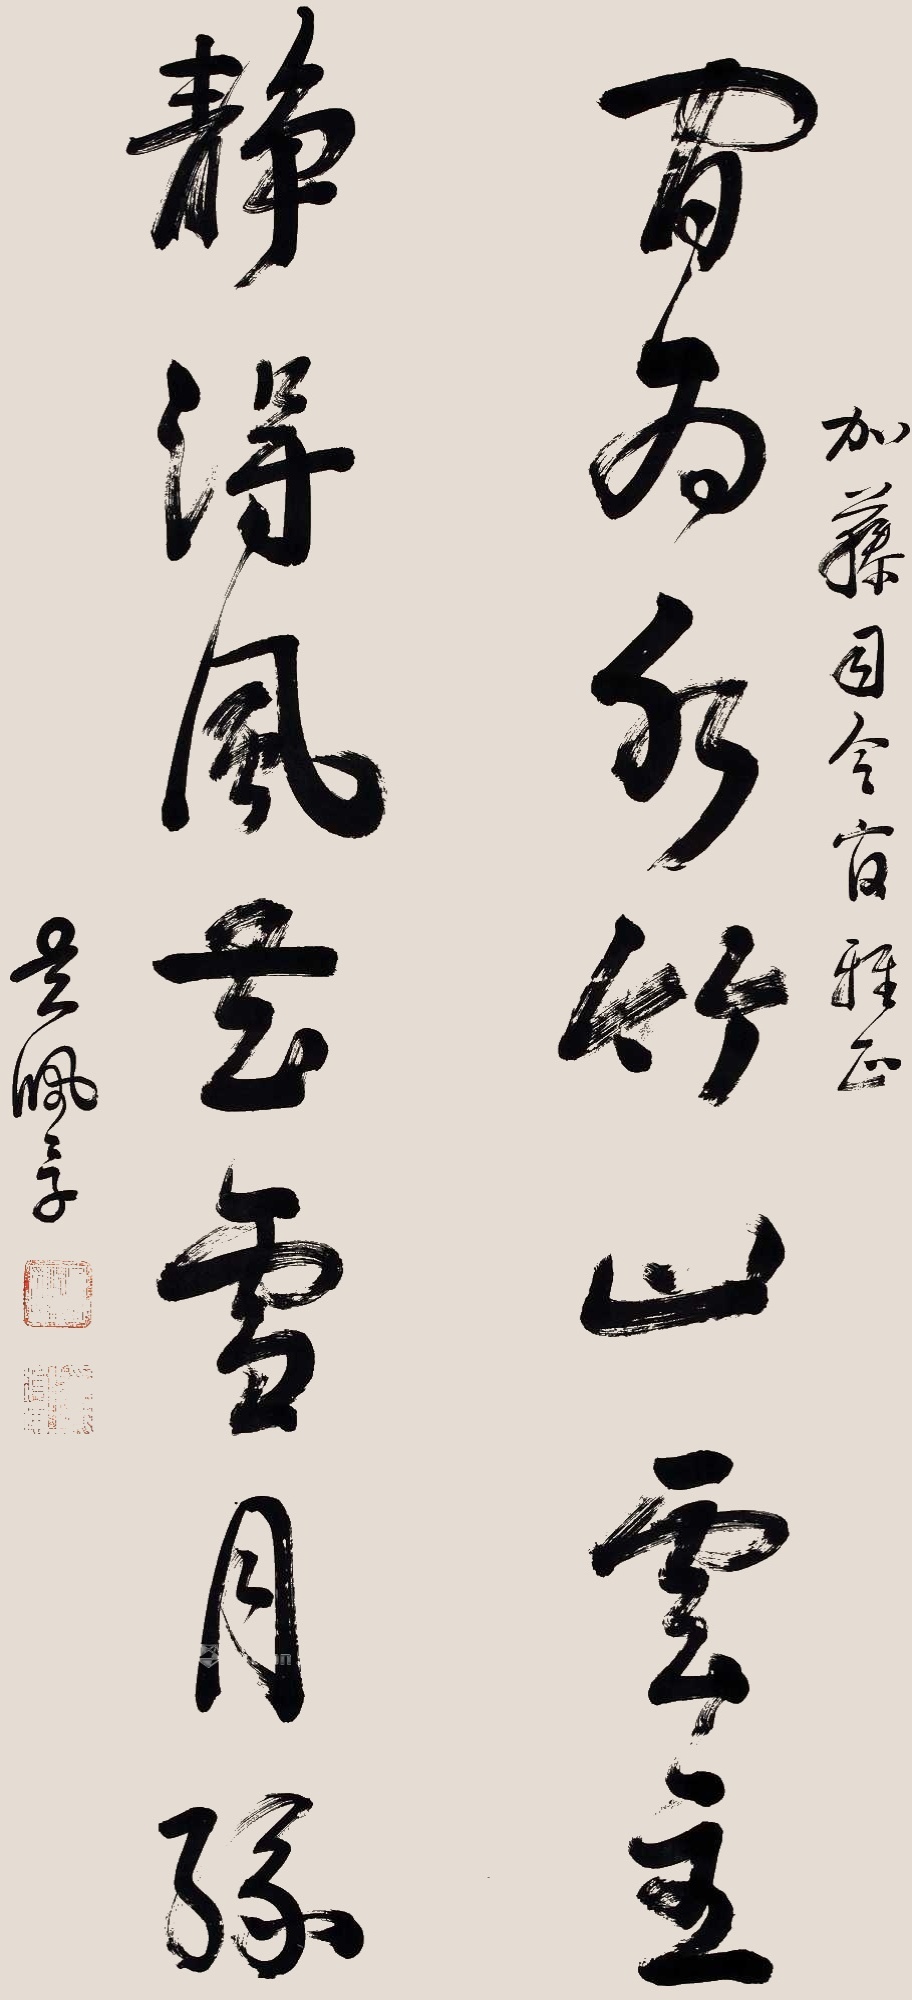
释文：闲为水竹山云主，静得风花雪月缘。加藤司令官雅正，吴佩孚。